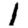
Digit: 1